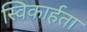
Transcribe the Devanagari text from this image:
स्विकार्हता